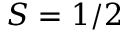
S = 1 / 2